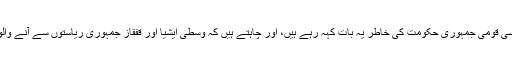
ہم روس کے قوم پرست مفاد میں، روسی قومی جمہوری حکومت کی خاطر یہ بات کہہ رہے ہیں، اور چاہتے ہیں کہ وسطی ایشیا اور قفقاز جمہوری ریاستوں سے آنے والوں کے لیے ویزا متعارف کرایا جائے۔